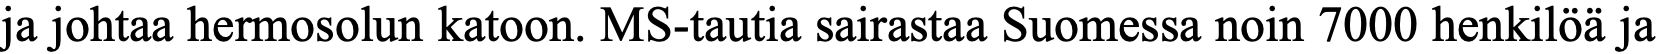
ja johtaa hermosolun katoon. MS-tautia sairastaa Suomessa noin 7000 henkilöä ja